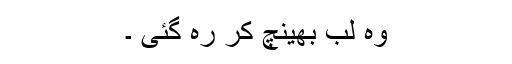
وہ لب بھینچ کر رہ گئی ۔